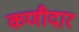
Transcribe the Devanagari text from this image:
कणीदार